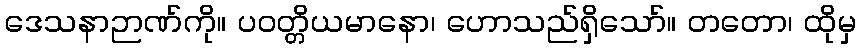
ဒေသနာဉာဏ်ကို။ ပဝတ္တိယမာနော၊ ဟောသည်ရှိသော်။ တတော၊ ထိုမှ